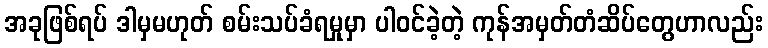
အခုဖြစ်ရပ် ဒါမှမဟုတ် စမ်းသပ်ခံရမှုမှာ ပါဝင်ခဲ့တဲ့ ကုန်အမှတ်တံဆိပ်တွေဟာလည်း